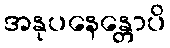
အနုပနေန္တောပိ